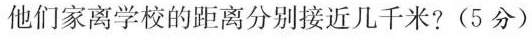
他们家离学校的距离分别接近几千米?(5分)